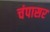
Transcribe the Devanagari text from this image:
चंपासर